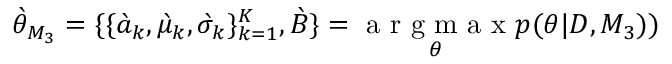
\grave { \theta } _ { M _ { 3 } } = \{ \{ \grave { a } _ { k } , \grave { \mu } _ { k } , \grave { \sigma } _ { k } \} _ { k = 1 } ^ { K } , \grave { B } \} = \underset { \theta } { \mathrm { ~ a ~ r ~ g ~ m ~ a ~ x ~ } } p ( \theta | D , M _ { 3 } ) )